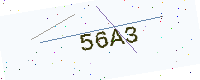
Text: 56A3